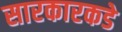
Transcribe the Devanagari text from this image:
सारकारकडे